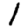
Digit: 1